Bombay plague: being a history of the progress of plague in the Bombay presidency from September 1896 to June 1899
Year: 1896
Disease focus: Plague
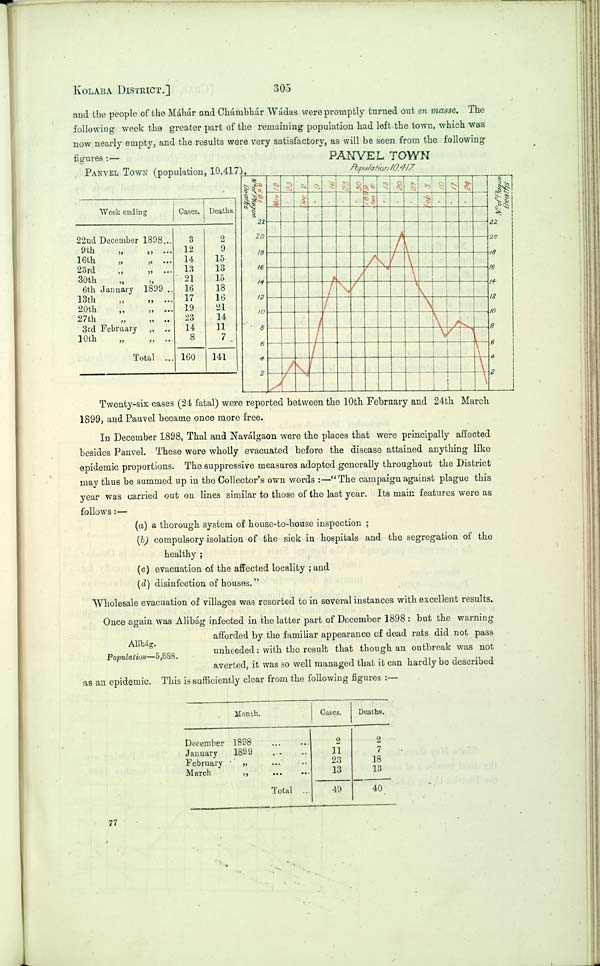
KOLABA DISTRICT.]
305
and the people of the Máhár and Chámbhár Wádas were promptly turned out en masse. The
following week the greater part of the remaining population had left the town, which was
now nearly empty, and the results were very satisfactory, as will be seen from the following
figures:—
PANVEL TOWN (population, 10,417).
Week ending
22nd December 1898
9th " "
16th " "
23rd " "
30th " "
6th January
1899
13th " "
20th " "
27th " "
3rd February "
10th " "
Total
Cases.
3
12
14
13
21
16
17
19
23
14
8
160
Deaths.
2
9
15
13
15
18
16
21
14
11
7
141
PANVEL TOWN
Population 10,417.
Twenty-six cases (24 fatal) were reported between the 10th February and 24th March
1899, and Panvel became once more free.
In December 1898, Thal and Naválgaon were the places that were principally affected
besides Panvel. These were wholly evacuated before the disease attained anything like
epidemic proportions. The suppressive measures adopted generally throughout the District
may thus be summed up in the Collector's own words:—"The campaign against plague this
year was carried out on lines similar to those of the last year. Its main features were as
follows:—
(a) a thorough system of house-to-house inspection;
(b) compulsory isolation of the sick in hospitals and the segregation of the
healthy;
(c) evacuation of the affected locality; and
(d) disinfection of houses."
Wholesale evacuation of villages was resorted to in several instances with excellent results.
Alibág.
Population—5,888.
Once again was Alibág infected in the latter part of December 1898: but the warning
afforded by the familiar appearance of dead rats did not pass
unheeded: with the result that though an outbreak was not
averted, it was so well managed that it can hardly be described
as an epidemic. This is sufficiently clear from the following figures:—
Month.
December
January
February
March
1898
1899
"
"
Total
Cases.
2
11
23
13
49
Deaths.
2
7
18
13
40
77